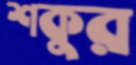
শকুর